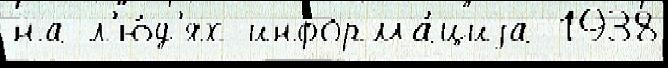
на л'ю́д'ях информа́циjа 1938